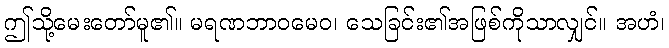
ဤသို့မေးတော်မူ၏။ မရဏဘာဝမေဝ၊ သေခြင်း၏အဖြစ်ကိုသာလျှင်။ အဟံ၊